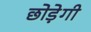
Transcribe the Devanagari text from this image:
छोड़ेगी